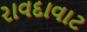
રાવદાવાટ